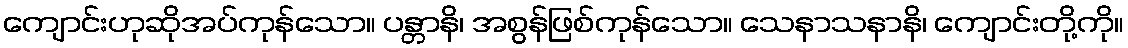
ကျောင်းဟုဆိုအပ်ကုန်သော။ ပန္တာနိ၊ အစွန်ဖြစ်ကုန်သော။ သေနာသနာနိ၊ ကျောင်းတို့ကို။